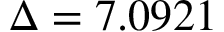
\Delta = 7 . 0 9 2 1